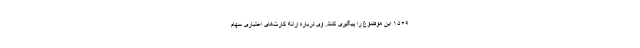
۱۵۶۹ این موضوع را پیگیری کنند. وی درباره ارائه کارت‌های اعتباری سهام